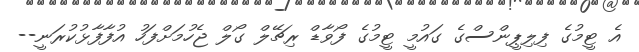
އެ ޓީމުގެ ފިލިޕީންސްގެ ގައުމީ ޓީމުގެ ފޯވާޑް ރިޗޭލް ގޯލް ޖެހުމަށްފަހު އުފާފާޅުކުރަނީ--